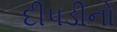
દીપડીનો